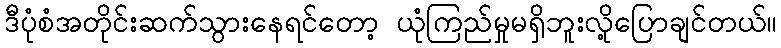
ဒီပုံစံအတိုင်းဆက်သွားနေရင်တော့ ယုံကြည်မှုမရှိဘူးလို့ပြောချင်တယ်။